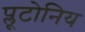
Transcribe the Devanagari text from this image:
प्लूटोनिय